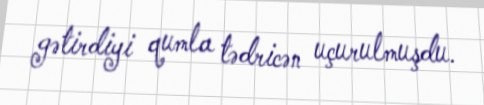
gətirdiyi qumla tədricən uçurulmuşdu.